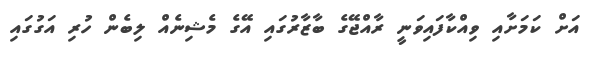
އަށް ކަމަށާއި ވިއްކާފައިވަނީ ރާއްޖޭގެ ބާޒާރުގައި އޭގެ މެޝިނެއް ލިބެން ހުރި އަގުގައި